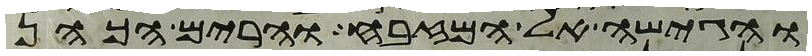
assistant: והגישה אל המזבח והרים הכהן